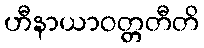
ဟီနာယာဝတ္တတီတိ